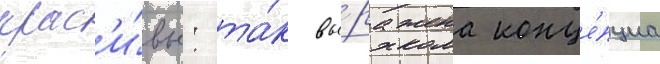
крас'и́вы: та́к вы́ражена конце́пциа